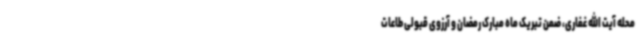
محله آیت الله غفاری، ضمن تبریک ماه مبارک رمضان و آرزوی قبولی طاعات